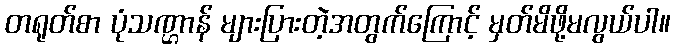
တရုတ်စာ ပုံသဏ္ဌာန် များပြားတဲ့အတွက်ကြောင့် မှတ်မိဖို့မလွယ်ပါ။